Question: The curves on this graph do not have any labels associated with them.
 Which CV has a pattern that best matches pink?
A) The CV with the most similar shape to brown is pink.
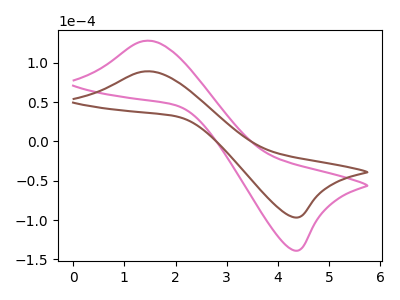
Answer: <think>The pink curve "pink" has an anodic peak at (1.40V, 128.15uA) and a cathodic peak at (4.40V, -138.75uA). The brown curve "brown" has an anodic peak at (1.40V, 89.25uA) and a cathodic peak at (4.40V, -96.60uA).
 All the peaks in "pink" have a peak in "brown" at the same potential. Every peak in "pink" is higher than every peak in "brown".</think>
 <answer>A) The CV with the most similar shape to "brown" is "pink".</answer>
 <eval>A</eval>